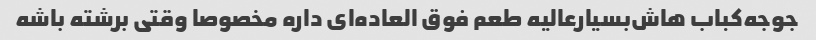
جوجه‌کباب هاش‌بسیار‌عالیه طعم فوق العاده‌ای داره مخصوصا وقتی برشته باشه